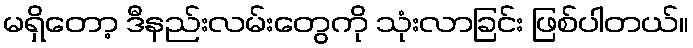
မရှိတော့ ဒီနည်းလမ်းတွေကို သုံးလာခြင်း ဖြစ်ပါတယ်။